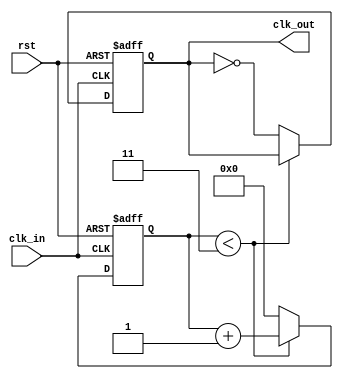
module frequency_divider_counter #(
    parameter N = 4 // Default division factor
)(
    input wire clk_in,   // Input clock signal
    input wire rst,      // Asynchronous reset signal
    output reg clk_out   // Divided output clock signal
);

    reg [31:0] counter;  // Counter to hold the current count of clock cycles

    // Asynchronous reset and clock counting logic
    always @(posedge clk_in or posedge rst) begin
        if (rst) begin
            // Reset the counter and output clock
            counter <= 0;
            clk_out <= 0;
        end else begin
            if (counter < N - 1) begin
                // Increment the counter until it reaches N
                counter <= counter + 1;
            end else begin
                // Reset counter and toggle output clock
                counter <= 0;
                clk_out <= ~clk_out; // Toggle output clock
            end
        end
    end

endmodule